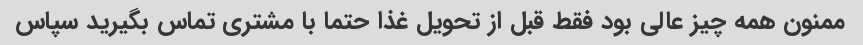
ممنون همه چیز عالی بود فقط قبل از تحویل غذا حتما با مشتری تماس بگیرید سپاس